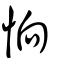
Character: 恦